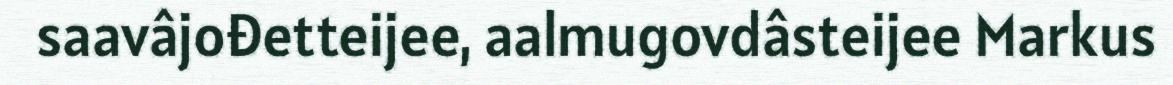
saavâjođetteijee, aalmugovdâsteijee Markus